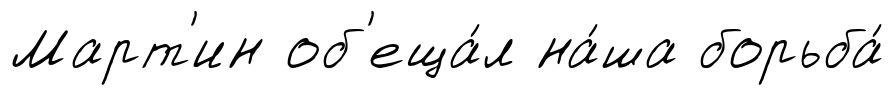
Март'ин об'еща́л на́ша борьба́